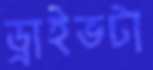
ড্রাইভটা